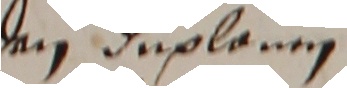
den duplanm